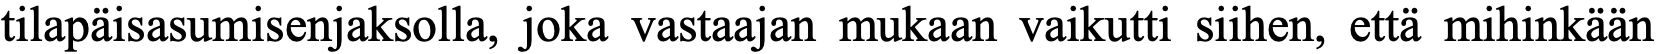
tilapäisasumisenjaksolla, joka vastaajan mukaan vaikutti siihen, että mihinkään